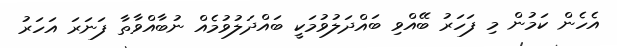
އެހެން ކަމުން މި ފަހަރު ބޭއްވި ބައްދަލުވުމަކީ ބައްދަލުވުމެއް ނުބާއްވާތާ ފަނަރަ އަހަރު